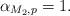
LaTeX: \begin{align*}\alpha_{M_2,p}=1.\end{align*}